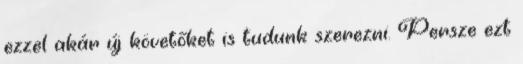
ezzel akár új követőket is tudunk szerezni. Persze ezt